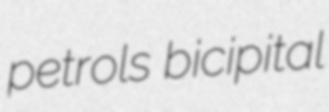
petrols bicipital